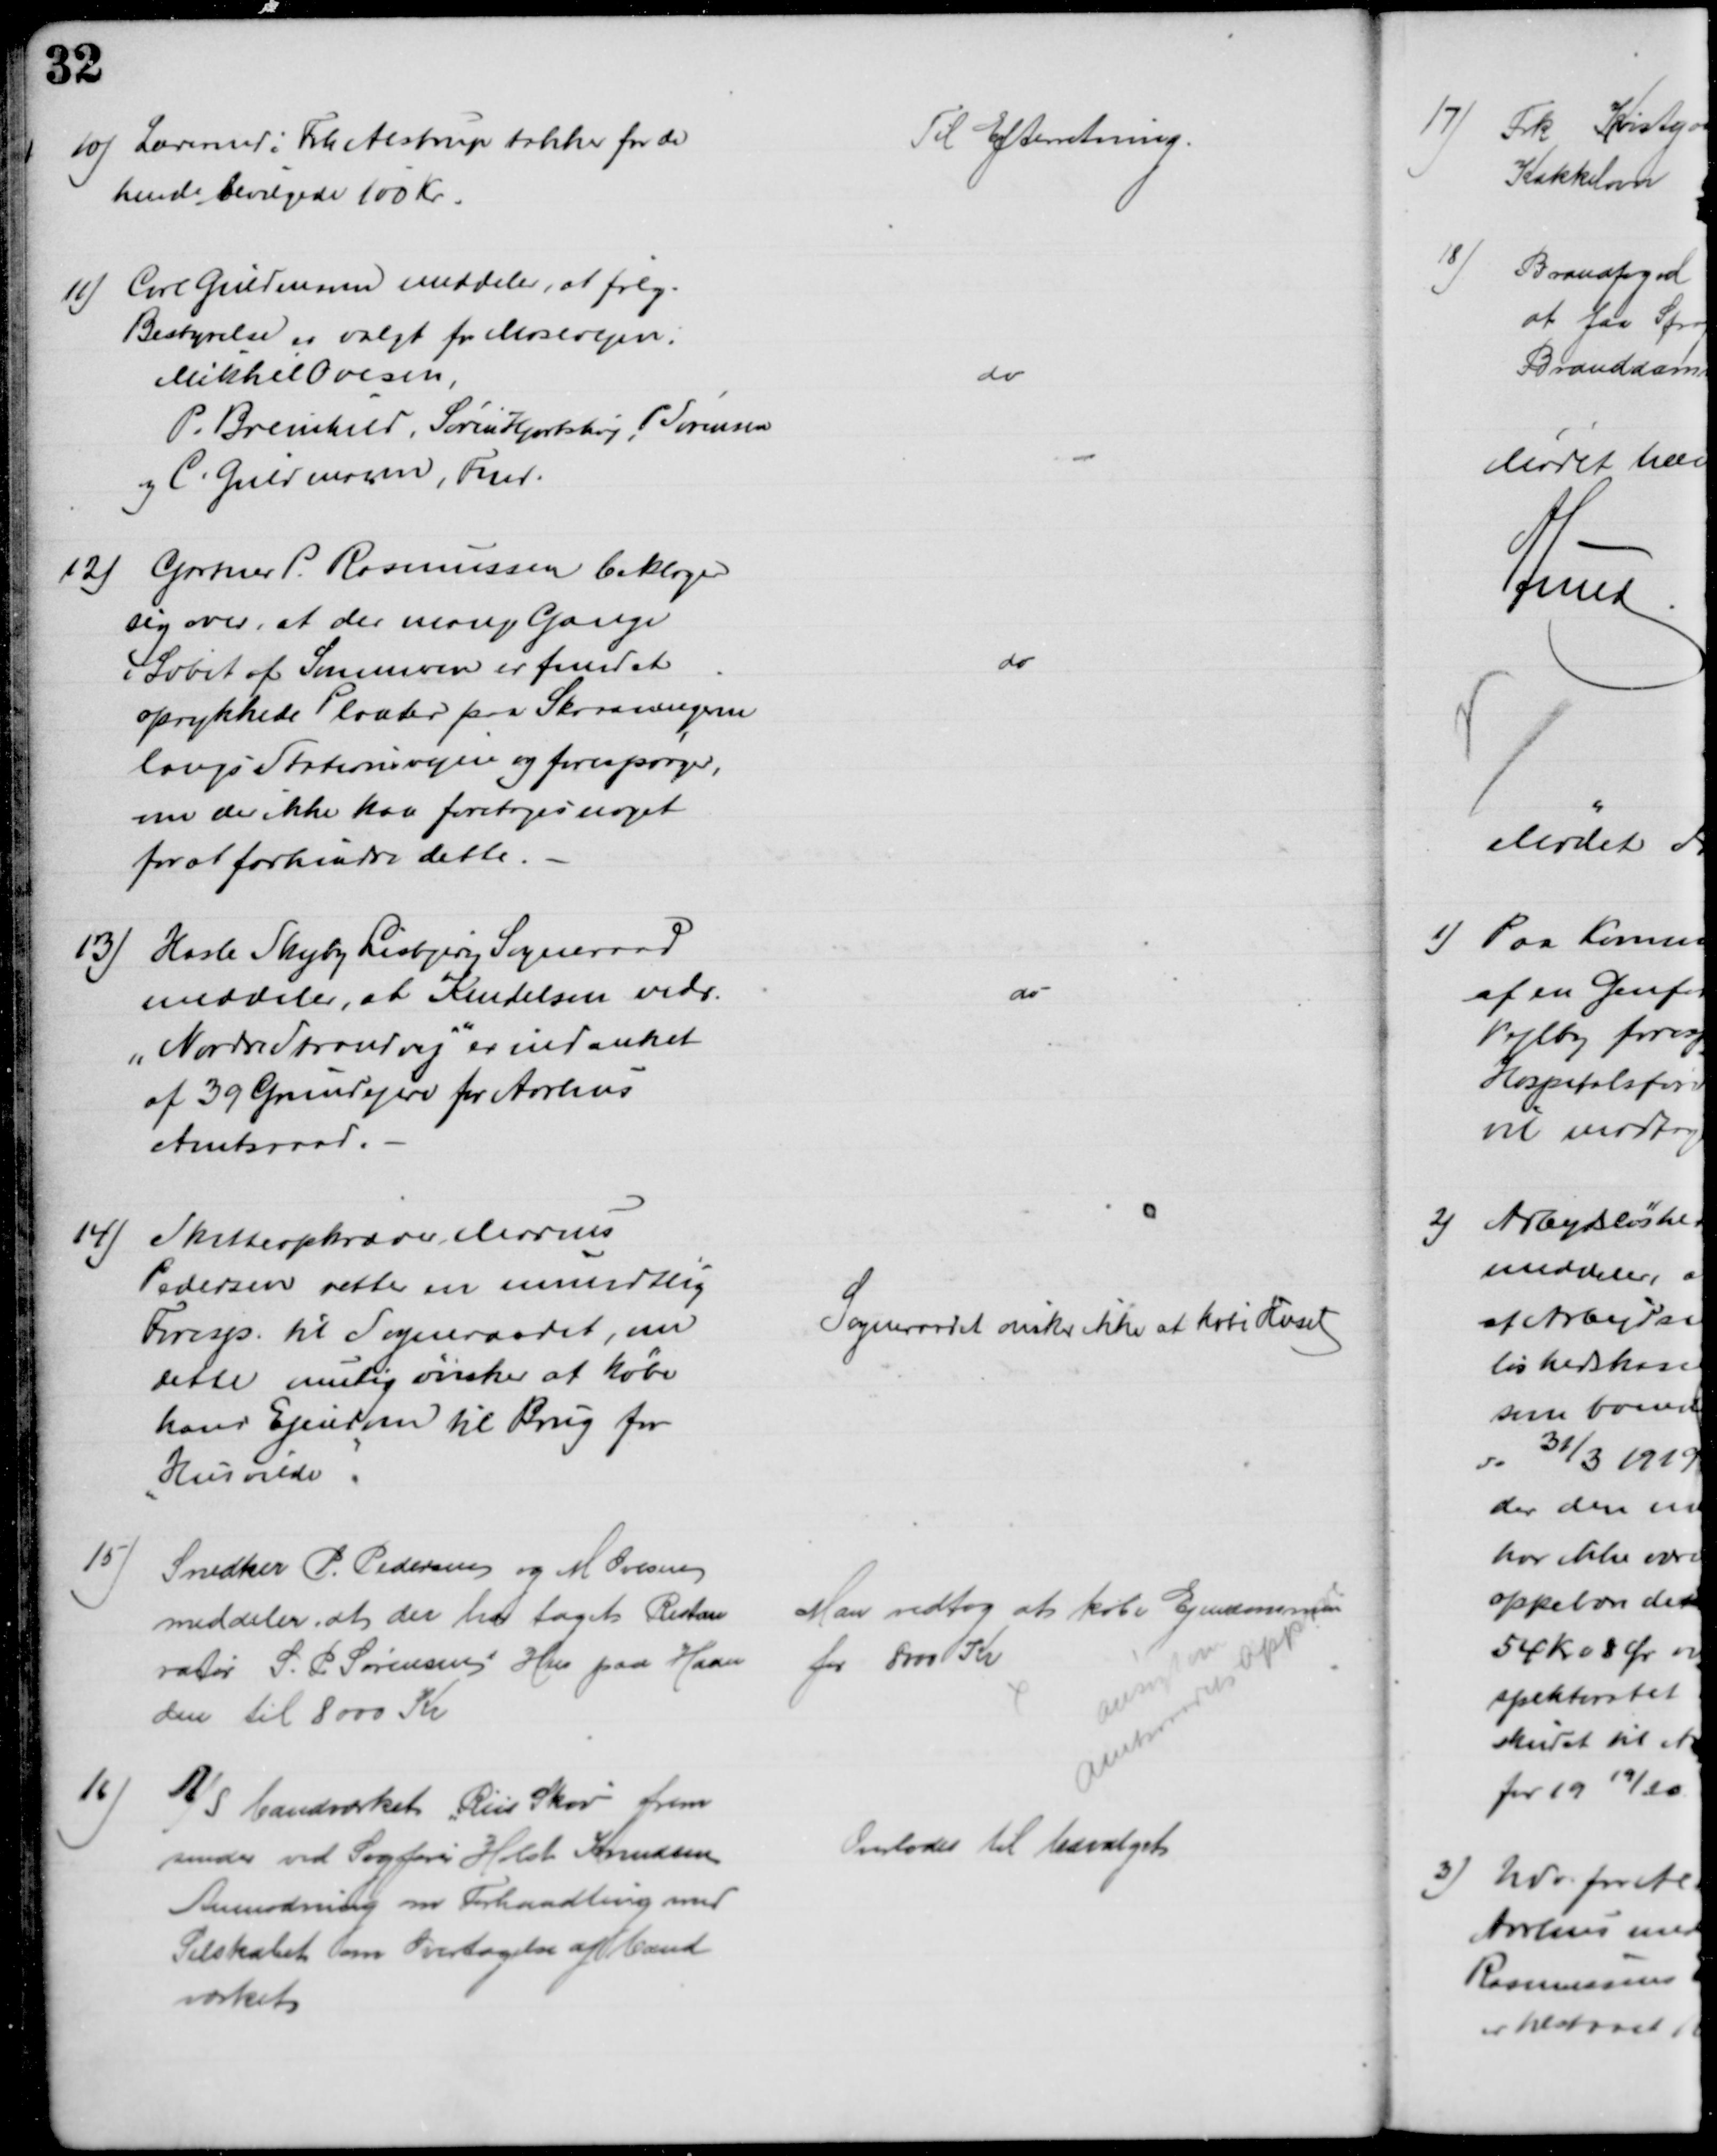
Transskription:
10) Lærerinde Frk Alstrup takker for de
hende bevilgede 100 Kr.
Til Efterretning.
11) Carl Guldmann meddeler, at følg.
Bestyrelse er valgt for Mosevejen.
Mikkel Ovesen,
P. Breinhild, Søren Hjortshøj, P Sørensen
og C. Guldmann, Fmd.
do
12)
Gartner P. Rasmussen beklager
sig over, at der mange Gange
i Løbet af Sommeren er fundet
oprykkede Planter paa Skraaningerne
langs Stationsvejen og forespørger,
om der ikke kan foretages noget
for at forhindre dette.
do
13) Hasle Skejby Lisbjerg Sogneraad
meddeler, at Kendelsen vedr.
„Nordre Strandvej" er indanket
af 39 Grundejere for Aarhus
Amtsraad.
do
14)
Skatteopkræver Marius
Pedersen retter en mundtlig
Foresp. til Sogneraadet, om
dette mulig ønsker at købe
hans Ejendom til Brug for
Husvilde
Sogneraadet ønsker ikke at købe Huset
15)
Snedker P Pedersen og M Ovesen
meddeler, at der har taget Restau
ratør S. P. Sørensens Hus paa Haan
den til 8000 Kr
Man vedtog at købe Ejendommen
for 8000 Kr
ansøgt om
Amtsraadet Approb.
16)
A/S Vandværket Riis Skov frem
sender ved Sagfører Holst Knudsen
Anmodning om Forhandling med
Selskabet som Overtagelse af Vand
værket
Overlodes til Udvalget